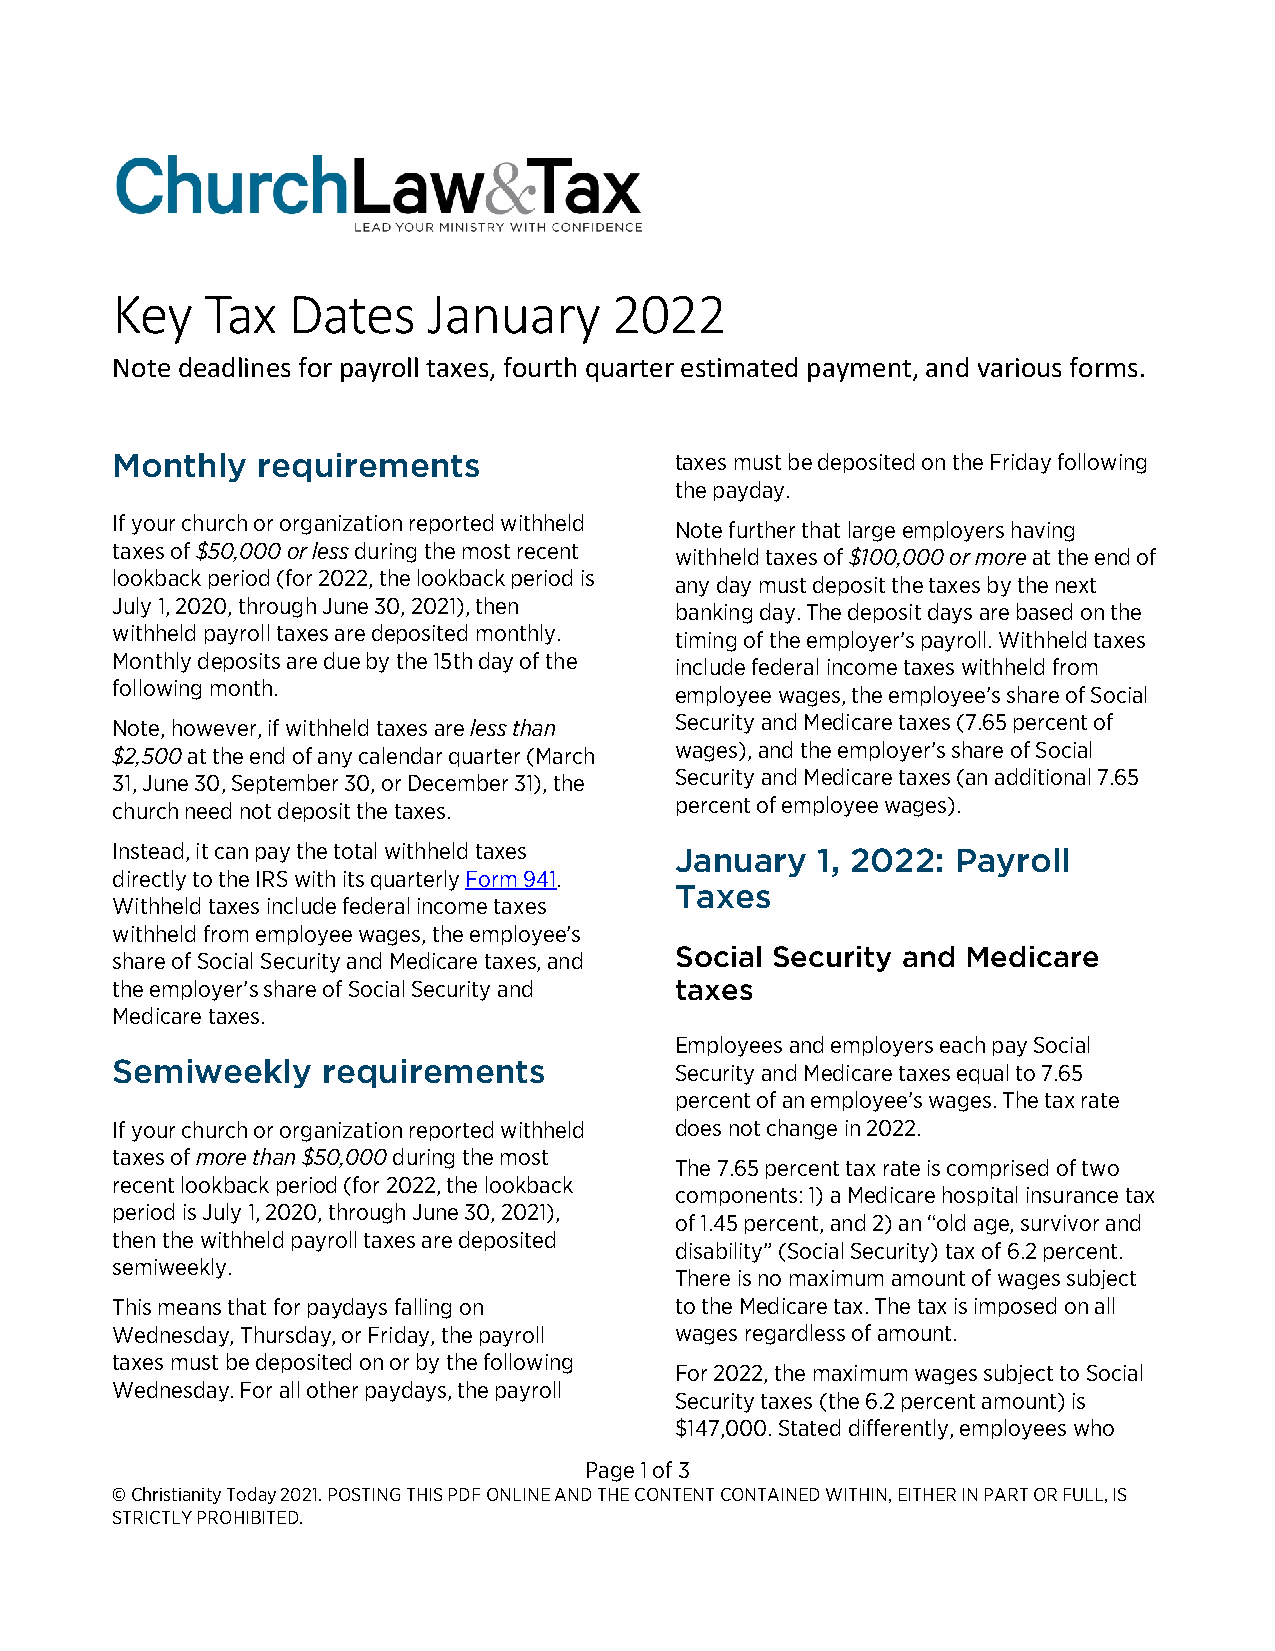
Key    Tax  Dates    January      2022
 Note deadlines for payroll taxes, fourth quarter estimated payment, and various forms.
 Monthly   requirements                taxes must be deposited on the Friday following
 the payday.
 If your church or organization reported withheld
 Note further that large employers having
 taxes of $50,000 or less during the most recent
 withheld taxes of $100,000 or more at the end of
 lookback period (for 2022, the lookback period is
 any day must deposit the taxes by the next
 July 1, 2020, through June 30, 2021), then
 banking day. The deposit days are based on the
 withheld payroll taxes are deposited monthly.
 timing of the employer’s payroll. Withheld taxes
 Monthly deposits are due by the 15th day of the
 include federal income taxes withheld from
 following month.
 employee wages, the employee’s share of Social
 Note, however, if withheld taxes are less than Security and Medicare taxes (7.65 percent of
 $2,500 at the end of any calendar quarter (March wages), and the employer’s share of Social
 31, June 30, September 30, or December 31), the Security and Medicare taxes (an additional 7.65
 church need not deposit the taxes.    percent of employee wages).
 Instead, it can pay the total withheld taxes January 1, 2022: Payroll
 directly to the IRS with its quarterly Form 941.
 Taxes
 Withheld taxes include federal income taxes
 withheld from employee wages, the employee’s
 Social Security and Medicare
 share of Social Security and Medicare taxes, and
 the employer’s share of Social Security and taxes
 Medicare taxes.
 Employees and employers each pay Social
 Semiweekly    requirements            Security and Medicare taxes equal to 7.65
 percent of an employee’s wages. The tax rate
 If your church or organization reported withheld does not change in 2022.
 taxes of more than $50,000 during the most
 The 7.65 percent tax rate is comprised of two
 recent lookback period (for 2022, the lookback
 components: 1) a Medicare hospital insurance tax
 period is July 1, 2020, through June 30, 2021),
 of 1.45 percent, and 2) an “old age, survivor and
 then the withheld payroll taxes are deposited
 disability” (Social Security) tax of 6.2 percent.
 semiweekly.
 There is no maximum amount of wages subject
 This means that for paydays falling on to the Medicare tax. The tax is imposed on all
 Wednesday, Thursday, or Friday, the payroll wages regardless of amount.
 taxes must be deposited on or by the following
 For 2022, the maximum wages subject to Social
 Wednesday. For all other paydays, the payroll
 Security taxes (the 6.2 percent amount) is
 $147,000. Stated differently, employees who
 Page 1 of 3
 © Christianity Today 2021. POSTING THIS PDF ONLINE AND THE CONTENT CONTAINED WITHIN, EITHER IN PART OR FULL, IS
 STRICTLY PROHIBITED.